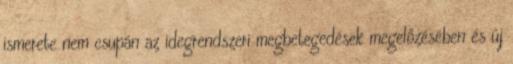
ismerete nem csupán az idegrendszeri megbetegedések megelőzésében és új